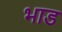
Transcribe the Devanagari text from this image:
भाड